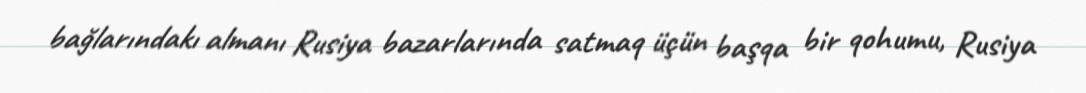
bağlarındakı almanı Rusiya bazarlarında satmaq üçün başqa bir qohumu, Rusiya